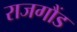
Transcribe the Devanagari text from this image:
राजगौंड